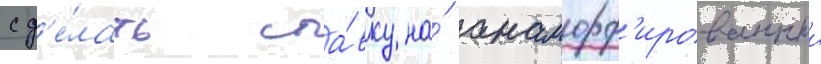
сд'е́лать ста́вку на́ анаморф'ированныи